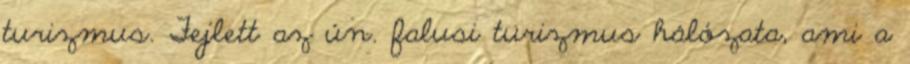
turizmus. Fejlett az ún. falusi turizmus hálózata, ami a